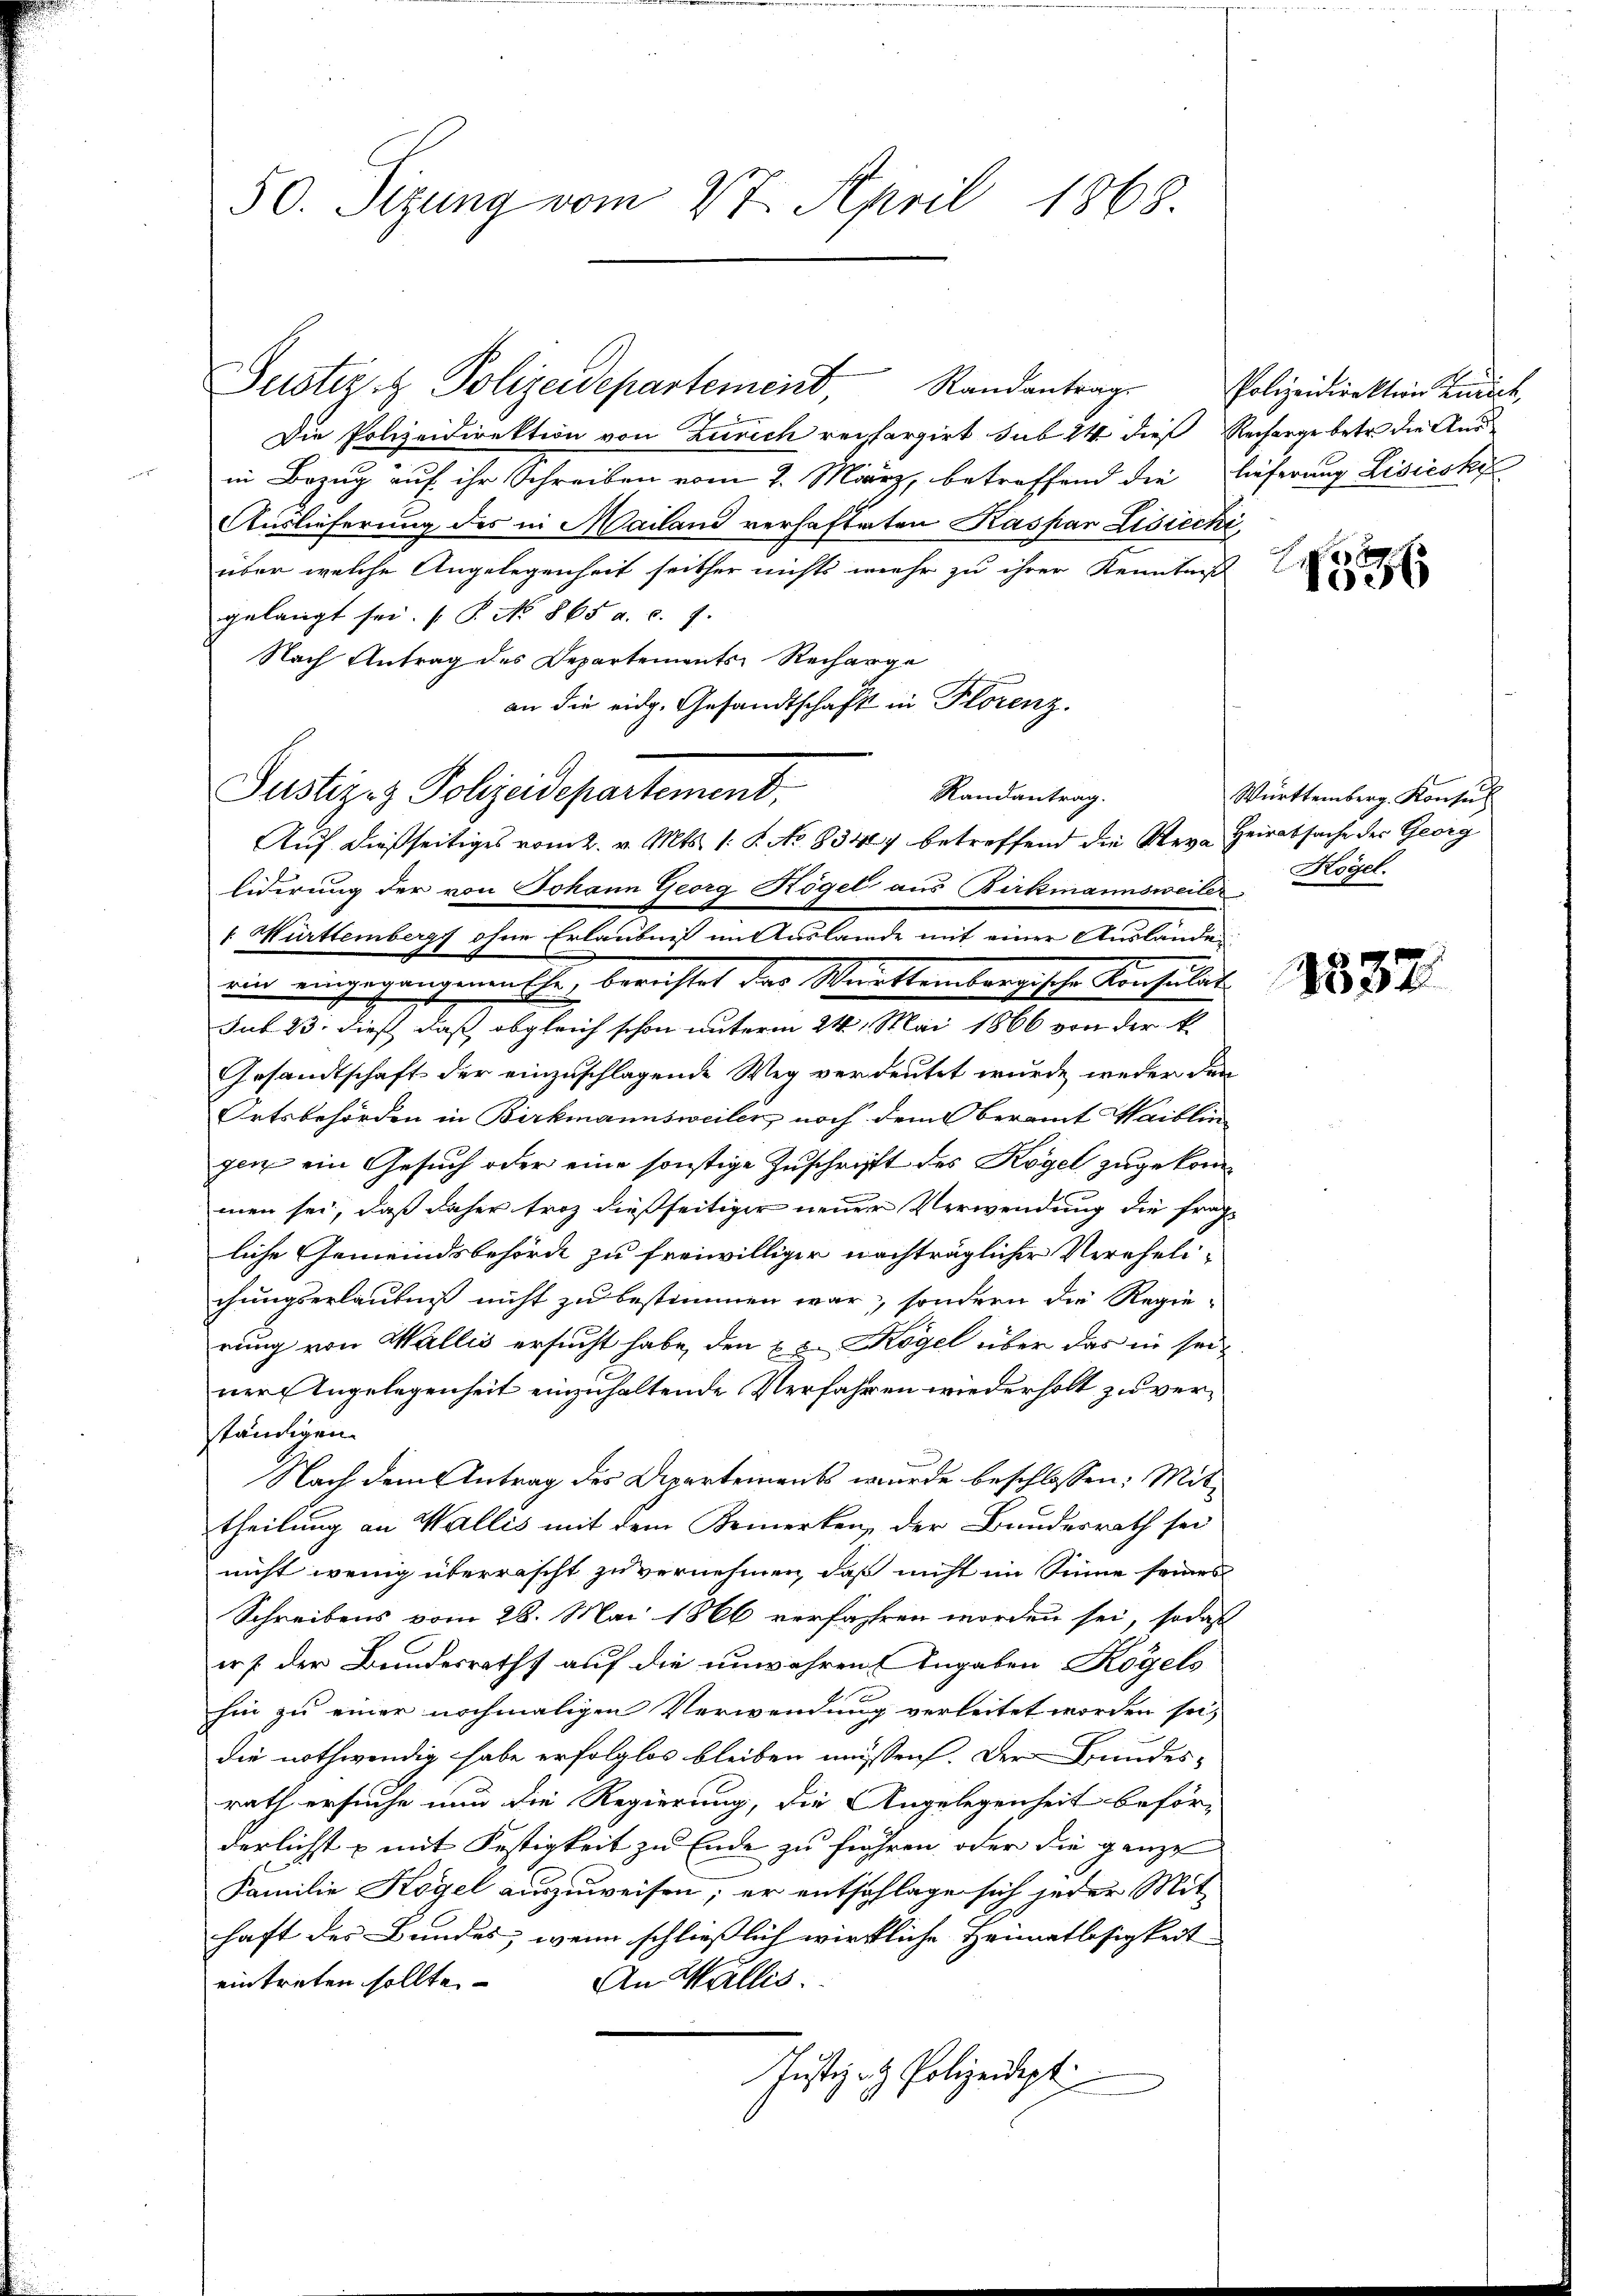
50. Sizung vom 27. April 1868.

Justiz- & Polizeidepartement,

Justiz- & Polizeidepartement, Randantrag
Die Polizeidirektion von Zürich rechargirt sub 24 dies Recharge betr. die Aus
in Bezug auf ihr Schreiben vom 7. März, betreffend die Lieferung Lisieski
Auslieferung des in Mailand verhafteten Kaspar Lisreche
über welche Angelegenheit seither nichts mehr zu ihrer Kenntniß
gelangt sei. (T. No 865 a. c. 9.
Nach Antrag des Departements-Recharge
an die eidg. Gesandtschaft in Florenz.
Randantrag.
Auf dießseitiges vom 2. v. Mts. 1. P. No. 834 betreffend die Rev-Heiratsache der Georg
liderung der von Johann Georg Högel aus Birkmannsweiler Kogel.
f Württembergy ohne Erlaubniß im Auslande mit einer Auslande
win eingegangereche, berichtet der Marttembergische Konsulus.
sub 23. dieß daß obgleich schon unterm 24. Mai 1866 von der k.
Gesandtschaft der einzuschlagende Weg verdeutet wurde, weder den
Ortsbehörden in Birkmannsweiler, noch dem beramt Waiblin
gen ein Gesuch oder eine sonstige Zuschrifft des Kogel zugekommen sei, daß daher troz dießseitiger neuer Verwendung die fragliche Gemeindsbehörde zu freiwilliger nachträglicher Verehelichungserlaubniß nicht zu bestimmen war, sondern die Regie-
rung von Wallis ersucht habe, den 2 u. Kogel über das in seiner Angelegenheit einzuhaltende Verfahren wiederholt zu verständigen.
Nach dem Antrag des Aepartements wurde beschlossen: Mittheilung an Wallis mit dem Bemerken, der Bundesrath sei
nicht wenig überrascht zu vernehmen, daß nicht im Sinne seines
Schreibens vom 28. Mai 1866 verfahren worden sei, sodaß
er p. der Bundesraths auf die unwahren Angaben Kogels
hin zu einer nochmaligen Verwendung verleitet worden sei,
die nothwendig habe erfolglos bleiben müssen. Der Bundes-
rath ersuche nun die Regierung, die Angelegenheit beför-
derlicht & mit Festigkeit zu Ende zu frühren oder die ganze
Familie Kogel auszuweisen; er entschlage sich jeder Mit-
haft des Bundes, wenn schließlich wirkliche Heimatlosigkeit
eintreten sollte. An Wallis.
Justiz- & Polizeidept.

Polizeidirektion Zürich,

1 f 0 x
1006

Württemberg. Konsul

1837